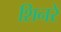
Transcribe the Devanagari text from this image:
शिनरे